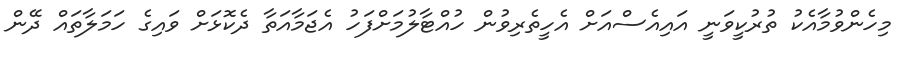
މިހެންވުމާއެކު ތުރުކީވަނީ އައިއެސްއަށް އެހީތެރިވުން ހުއްޓާލުމަށްފަހު އެޖަމާއަތާ ދެކޮޅަށް ވައިގެ ހަމަލާތައް ދޭން